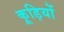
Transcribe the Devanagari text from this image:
कूड़ियों